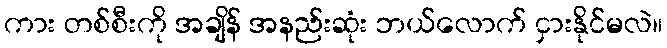
ကား တစ်စီးကို အချိန် အနည်းဆုံး ဘယ်လောက် ငှားနိုင်မလဲ။